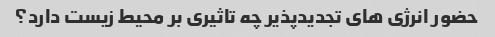
حضور انرژی های تجدیدپذیر چه تاثیری بر محیط زیست دارد؟